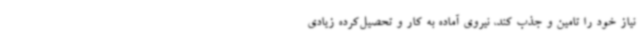
نیاز خود را تامین و جذب کند، نیروی آماده به کار و تحصیل‌کرده زیادی